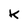
Character: K